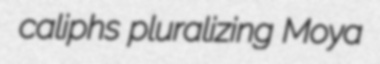
caliphs pluralizing Moya